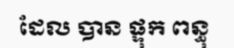
ដែល បាន ផ្ទុក ពន្ធុ